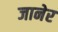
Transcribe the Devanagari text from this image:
जानेर